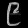
Digit: ၉